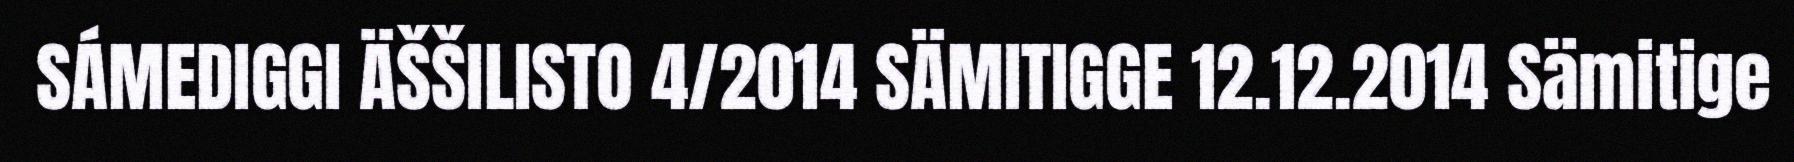
SÁMEDIGGI ÄŠŠILISTO 4/2014 SÄMITIGGE 12.12.2014 Sämitige